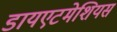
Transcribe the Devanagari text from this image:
डायएटमेशियस